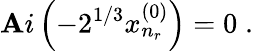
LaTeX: \mathbf{A}i\left(-2^{1/3}x_{n_{r}}^{(0)}\right)=0\; .